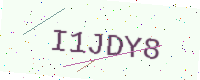
Text: I1JDY8